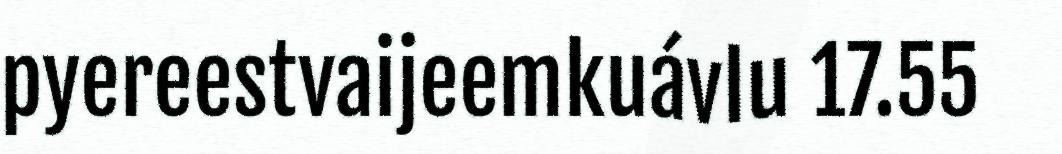
pyereestvaijeemkuávlu 17.55